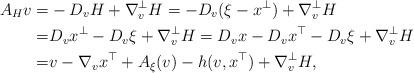
LaTeX: \begin{align*}A_{H}v=&-D_{v}H+\nabla^{\bot}_{v}H=-D_{v}(\xi-x^{\bot})+\nabla^{\bot}_{v}H\\=&D_{v}x^{\bot}-D_{v}\xi+\nabla^{\bot}_{v}H=D_{v}x-D_{v}x^{\top}-D_{v}\xi+\nabla^{\bot}_{v}H\\=&v-\nabla_{v}x^{\top}+A_\xi(v)-h(v,x^{\top})+\nabla^{\bot}_{v}H,\end{align*}